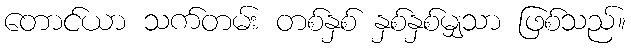
တောင်ယာ သက်တမ်း တစ်နှစ် နှစ်နှစ်မျှသာ ဖြစ်သည်။